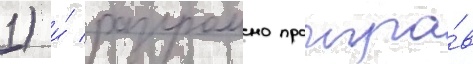
1) и́ разгромно проигра́в